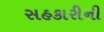
સહકારીની